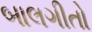
બાલગીતો